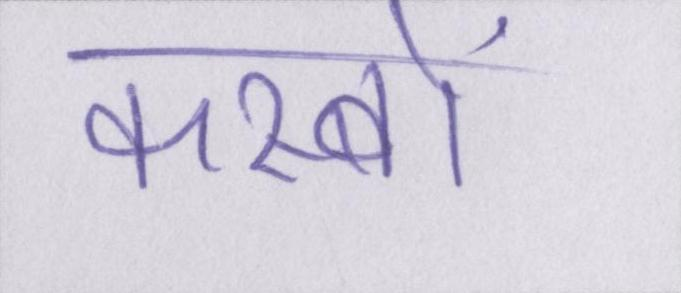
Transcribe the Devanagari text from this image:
कस्बों